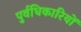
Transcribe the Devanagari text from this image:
पुर्वधिकारियों